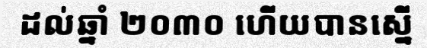
ដល់ឆ្នាំ ២០៣០ ហើយបានស្នើ